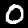
Label: 0